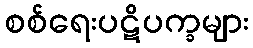
စစ်ရေးပဋိပက္ခများ